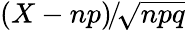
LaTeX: \left(X\! \, -\! \, np\right)\! /\! {\sqrt{npq}}